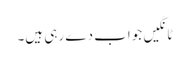
ٹانگیں جواب دے رہی ہیں۔